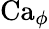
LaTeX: \mathrm{Ca}_{\phi}